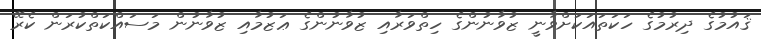
ޤައުމުގެ ދިރުމުގެ ހަކަތައަކަށްވާނީ ޒުވާނުންގެ ހިތްވަރާއި ޒުވާނުންގެ ޢަޒުމާއި ޒުވާނުން މަސައްކަތްކުރަން ކެރޭ